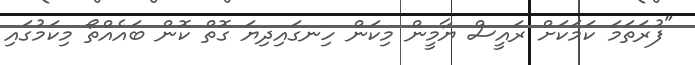
"ފުރަތަމަ ކަމަކަށް ރައީސް ޔާމީން މިކަން ހިނގައިދިޔަ ގޮތް ކޮން ބައެއްތޯ މިކަމުގައި